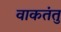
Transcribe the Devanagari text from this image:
वाकतंतु